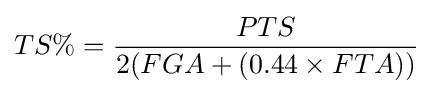
TS\%={\frac {PTS}{2(FGA+(0.44\times FTA))}}